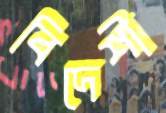
বিদেশী